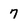
Character: 7